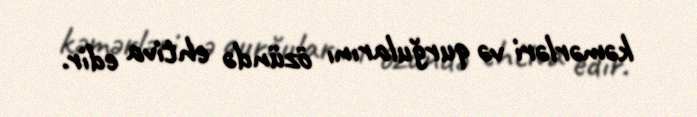
kəmərləri və qurğularını özündə ehtiva edir.